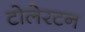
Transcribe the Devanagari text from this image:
टोलेरटन